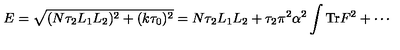
E = \sqrt { ( N \tau _ { 2 } L _ { 1 } L _ { 2 } ) ^ { 2 } + ( k \tau _ { 0 } ) ^ { 2 } } = N \tau _ { 2 } L _ { 1 } L _ { 2 } + \tau _ { 2 } \pi ^ { 2 } \alpha ^ { 2 } \int \mathrm { T r } F ^ { 2 } + \cdots